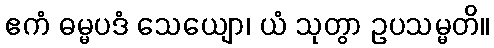
ဧကံ ဓမ္မပဒံ သေယျော၊ ယံ သုတွာ ဥပသမ္မတိ။